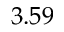
3 . 5 9